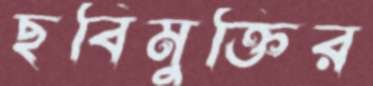
ছবিমুক্তির